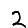
Digit: 2